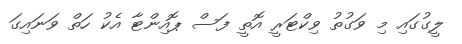
ލީގުގައި މި ވަގުތު ވިކްޓަރީ އޮތީ ފަސް ޕޮއިންޓާ އެކު ހަތް ވަނައިގަ